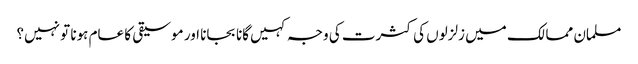
مسلمان ممالک میں زلزلوں کی کثرت کی وجہ کہیں گانا بجانا اور موسیقی کا عام ہونا تو نہیں؟